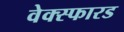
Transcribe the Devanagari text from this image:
वेक्स्फारड